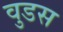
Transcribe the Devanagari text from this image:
वुडस